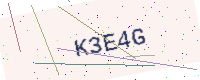
Text: K3E4G